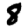
Digit: 8